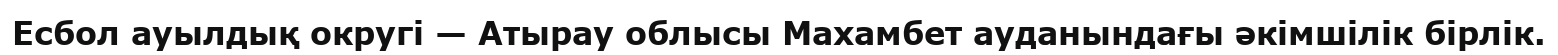
Есбол ауылдық округі — Атырау облысы Махамбет ауданындағы әкімшілік бірлік.